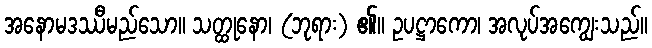
အနောမဒဿီမည်သော။ သတ္ထုနော၊ (ဘုရား) ၏။ ဥပဋ္ဌာကော၊ အလုပ်အကျွေးသည်။